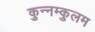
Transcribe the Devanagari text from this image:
कुन्नम्कुलम